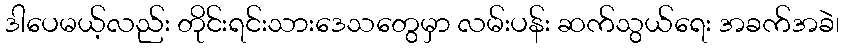
ဒါပေမယ့်လည်း တိုင်းရင်းသားဒေသတွေမှာ လမ်းပန်း ဆက်သွယ်ရေး အခက်အခဲ၊